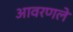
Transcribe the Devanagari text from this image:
आवरणले